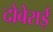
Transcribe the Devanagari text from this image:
दोबेराई